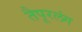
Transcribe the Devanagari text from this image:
तैपूरलंग